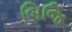
બિજિ